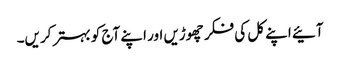
آئیے اپنے کل کی فکر چھوڑیں اور اپنے آج کو بہتر کریں۔